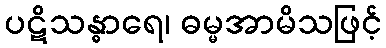
ပဋိသန္ဓာရေ၊ ဓမ္မအာမိသဖြင့်